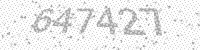
Solution: 647427